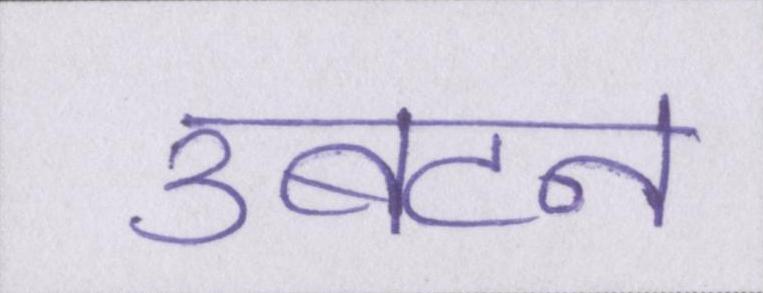
उबटन